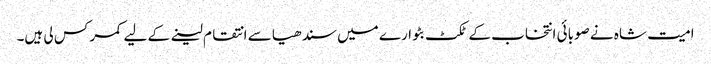
امیت شاہ نے صوبائی انتخاب کے ٹکٹ بٹوارے میں سندھیا سے انتقام لینے کے لیے کمر کس لی ہیں۔